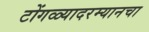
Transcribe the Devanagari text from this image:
टोंगळ्यादरम्यानचा